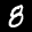
Label: 8